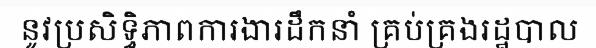
នូវប្រសិទ្ធិភាពការងារដឹកនាំ គ្រប់គ្រងរដ្ឋបាល